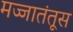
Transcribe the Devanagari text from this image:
मज्जातंतूस